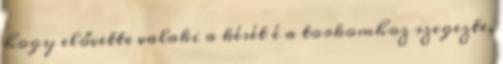
hogy elővette valaki a kését é a torkomhoz szegezte,